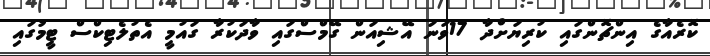
ކޮރެއާގެ އިންޗޮންގައި ކުރިޔަށްދާ 17ވަނަ އޭޝިއަން ގޭމްސްގައި ވާދަކުރާ ގައުމީ އެތުލެޓިކްސް ޓީމުގައި